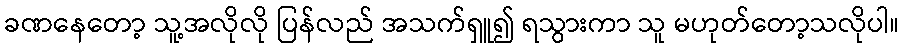
ခဏနေတော့ သူ့အလိုလို ပြန်လည် အသက်ရှူ၍ ရသွားကာ သူ မဟုတ်တော့သလိုပါ။